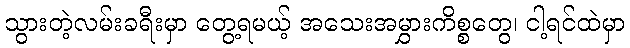
သွားတဲ့လမ်းခရီးမှာ တွေ့ရမယ့် အသေးအမွှားကိစ္စတွေ၊ ငါ့ရင်ထဲမှာ